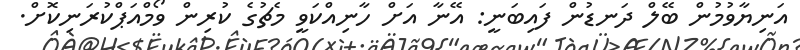
އަނިޔާވުމުން ބޭލް ދަނޑުން ފައިބަނީ: އޭނާ އަށް ހާނިއްކަވީ މެޗުގެ ކުރިން ވޯމްއަޕްކުރަނިކޮށް.